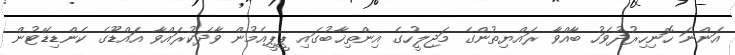
އަންނަ ހޮނިހިރުދުވަހު ބާއްވާ ރައްޔިތުންގެ މަޖިލީހުގެ އިންތިޚާބުގައި ޕީޕީއެމުން ވާދަކުރައްވާ އައްޑޫގެ ކެންޑިޑޭޓުން